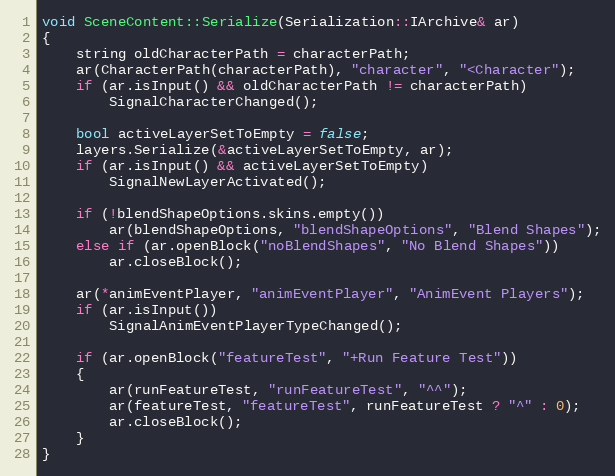
Language: C++
void SceneContent::Serialize(Serialization::IArchive& ar)
{
	string oldCharacterPath = characterPath;
	ar(CharacterPath(characterPath), "character", "<Character");
	if (ar.isInput() && oldCharacterPath != characterPath)
		SignalCharacterChanged();

	bool activeLayerSetToEmpty = false;
	layers.Serialize(&activeLayerSetToEmpty, ar);
	if (ar.isInput() && activeLayerSetToEmpty)
		SignalNewLayerActivated();

	if (!blendShapeOptions.skins.empty())
		ar(blendShapeOptions, "blendShapeOptions", "Blend Shapes");
	else if (ar.openBlock("noBlendShapes", "No Blend Shapes"))
		ar.closeBlock();

	ar(*animEventPlayer, "animEventPlayer", "AnimEvent Players");
	if (ar.isInput())
		SignalAnimEventPlayerTypeChanged();

	if (ar.openBlock("featureTest", "+Run Feature Test"))
	{
		ar(runFeatureTest, "runFeatureTest", "^^");
		ar(featureTest, "featureTest", runFeatureTest ? "^" : 0);
		ar.closeBlock();
	}
}